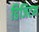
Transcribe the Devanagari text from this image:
डिजिटम